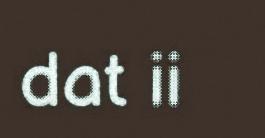
dat ii